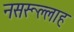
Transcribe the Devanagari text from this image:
नसरूल्लाह